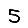
Digit: 5